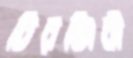
চিরঞ্জিবী